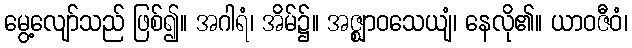
မွေ့လျော်သည် ဖြစ်၍။ အဂါရံ၊ အိမ်၌။ အဇ္ဈာဝသေယျံ၊ နေလို၏။ ယာဝဇီဝံ၊